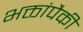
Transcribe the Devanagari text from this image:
भक्तांपैकी